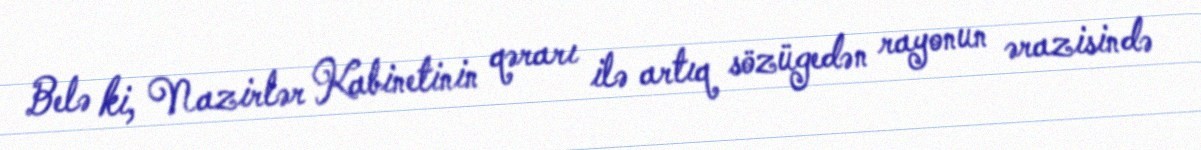
Belə ki, Nazirlər Kabinetinin qərarı ilə artıq sözügedən rayonun ərazisində